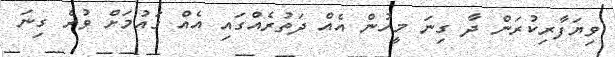
ވިޔަފާރިކުރަން ދާ ގިނަ މީހުން އެއް ދަތުރެއްގައި އެއް ގައުމަށް ވުރެ ގިނަ